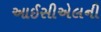
આઈસીએલની